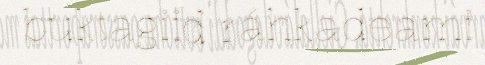
buktagiid ráhkadeami